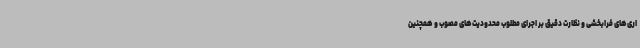
اری‌های فرابخشی و نظارت دقیق بر اجرای مطلوب محدودیت‌های مصوب و همچنین